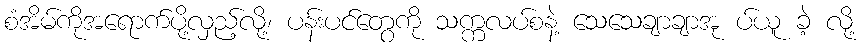
စံအိမ်ကိုအရောက်ပို့လှည့်လို့၊ ပန်းပင်တွေကို သက္ကလပ်စနဲ့ သေသေချာချာအု ပ်ယူ ခဲ့ လို့